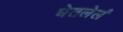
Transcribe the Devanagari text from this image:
घेतलेलं